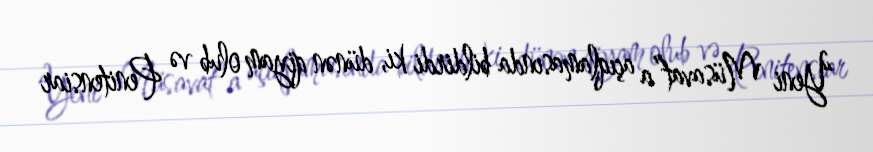
“Yeni Müsavat”a açıqlamasında bildirdi ki, dünən qiyam olub və Penitensiar